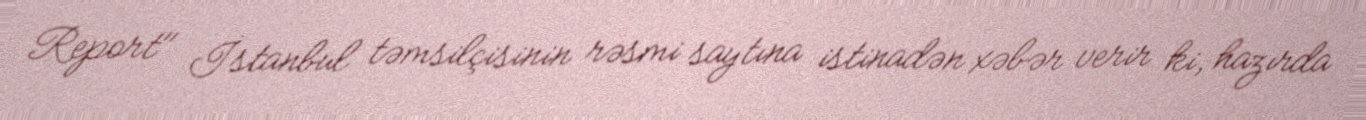
Report" İstanbul təmsilçisinin rəsmi saytına istinadən xəbər verir ki, hazırda